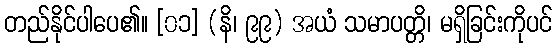
တည်နိုင်ပါပေ၏။ [၀၁] (နိ၊ ၉၉) အယံ သမာပတ္တိ၊ မရှိခြင်းကိုပင်